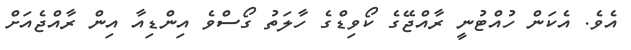
އެވެ. އެކަން ހުއްޓުނީ ރާއްޖޭގެ ކޯވިޑްގެ ހާލަތު ގޯސްވެ އިންޑިއާ އިން ރާއްޖެއަށް